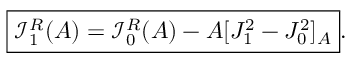
\boxed { \mathcal { I } _ { 1 } ^ { R } ( A ) = \mathcal { I } _ { 0 } ^ { R } ( A ) - A [ J _ { 1 } ^ { 2 } - J _ { 0 } ^ { 2 } ] _ { A } } .